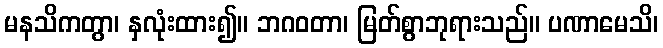
မနသိကတွာ၊ နှလုံးထား၍။ ဘဂဝတာ၊ မြတ်စွာဘုရားသည်။ ပဏာမေသိ၊